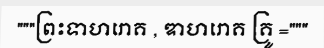
"""ព្រះទាហរោគ , ឌាហរោគ គ្រូ ="""